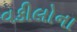
વકીલોના